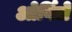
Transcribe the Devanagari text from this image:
ओर्विले